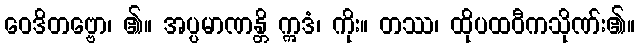
ဝေဒိတဗ္ဗော၊ ၏။ အပ္ပမာဏန္တိ ဣဒံ၊ ကိုး။ တဿ၊ ထိုပထဝီကသိုဏ်း၏။